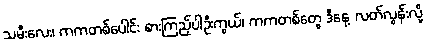
သမီးလေး၊ ကကတစ်ပေါင်း စားကြည့်ပါဦးကွယ်၊ ကကတစ်တွေ ဒီနေ့ လတ်လွန်းလို့